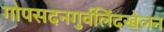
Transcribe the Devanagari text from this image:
गोपसदनगुर्वलिंदखेलन